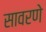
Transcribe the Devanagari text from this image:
सावरणे